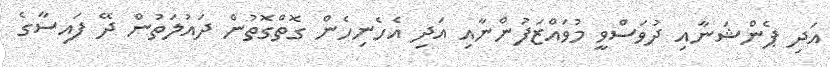
އަދި ޕެންޝަނާއި ދުވަސްވީ މުވައްޒަފުންނާއި އަދި އެހެނިހެން ގޮތްގޮތުން ދައުލަތުން ދޭ ފައިސާގެ